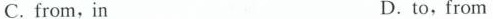
C.from,in D.to,from